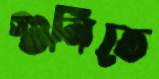
গুনিতে